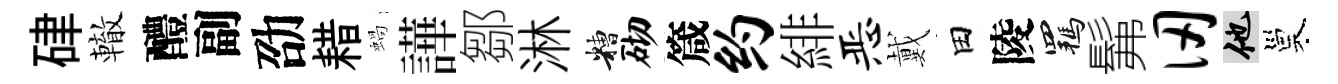
硉轍醴副劭耤蝸譁鄒淋糟砌箴约緋恶戴田陵羈髴仞他巢